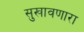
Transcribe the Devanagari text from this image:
सुखावणारा